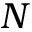
N